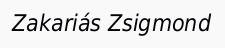
Zakariás Zsigmond